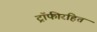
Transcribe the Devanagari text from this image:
ट्रॉफीरहित